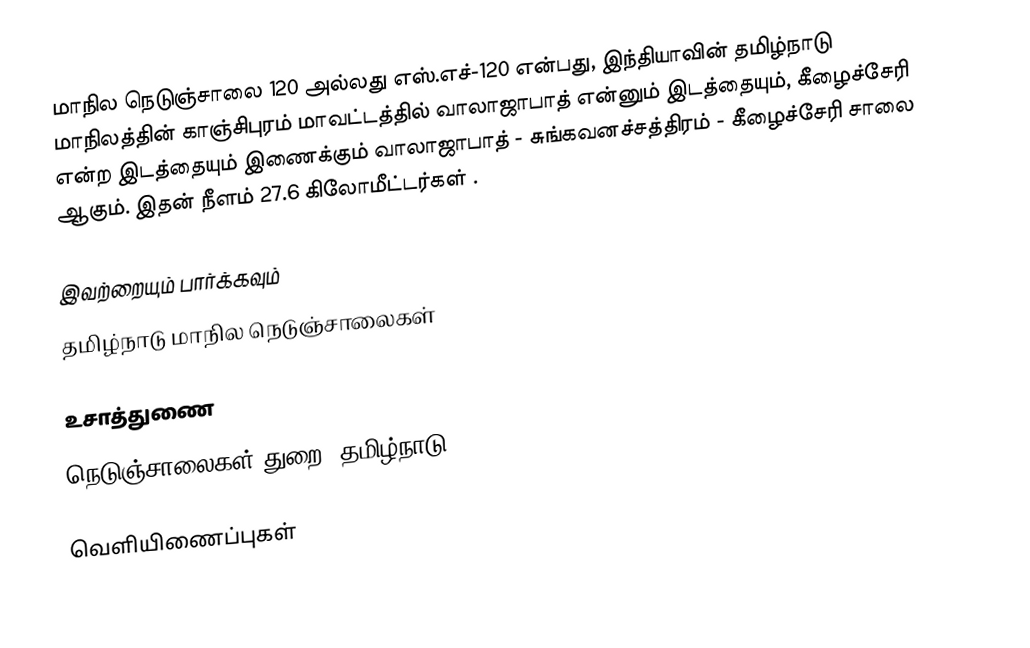
மாநில நெடுஞ்சாலை 120 அல்லது எஸ்.எச்-120 என்பது, இந்தியாவின் தமிழ்நாடு மாநிலத்தின் காஞ்சிபுரம் மாவட்டத்தில் வாலாஜாபாத் என்னும் இடத்தையும், கீழைச்சேரி என்ற இடத்தையும் இணைக்கும் வாலாஜாபாத் - சுங்கவனச்சத்திரம் - கீழைச்சேரி சாலை ஆகும். இதன் நீளம் 27.6  கிலோமீட்டர்கள் .

இவற்றையும் பார்க்கவும்
 தமிழ்நாடு மாநில நெடுஞ்சாலைகள்

உசாத்துணை
 நெடுஞ்சாலைகள் துறை, தமிழ்நாடு

வெளியிணைப்புகள்